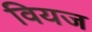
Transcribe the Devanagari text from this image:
वियज